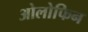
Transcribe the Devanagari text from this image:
ओलोफिन